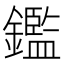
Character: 鑑